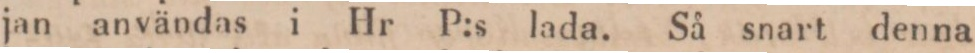
jan användas i Hr P:s lada. Så snart denna